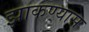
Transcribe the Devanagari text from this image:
झाकण्यास